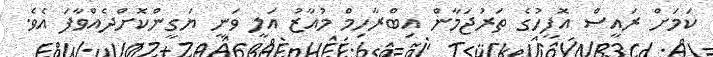
ކަމަށް ރައީސް އޮފީހުގެ ތަރުޖަމާން އިބްރާހިމް މުއާޒު އަލީ ވަނީ ޔަގީންކޮށްދެއްވާފަ އެވެ.